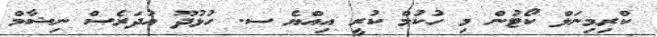
ކްރިމިނަލް ކޯޓުން މި ހުކުމް ކުރީ އިއްޔެ ސ. ހުޅުދޫ އުދަރެސް ނިޝާމް